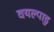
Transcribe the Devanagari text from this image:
वयल्पाडु